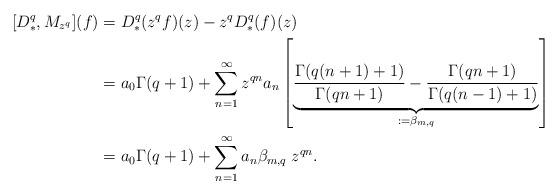
LaTeX: \begin{align*}[D_*^q,M_{z^q}](f)&=D^q_*(z^qf)(z)-z^qD_*^q(f)(z)\\&=a_0\Gamma(q+1)+\sum_{n=1}^{\infty}z^{qn}a_n\left[ \underbrace{\frac{\Gamma(q(n+1)+1)}{\Gamma(qn+1)}-\frac{\Gamma(qn+1)}{\Gamma(q(n-1)+1)}}_{:=\beta_{m,q}}\right]\\&=a_0\Gamma(q+1)+\sum_{n=1}^{\infty}a_n\beta_{m,q}\;z^{qn}.\end{align*}